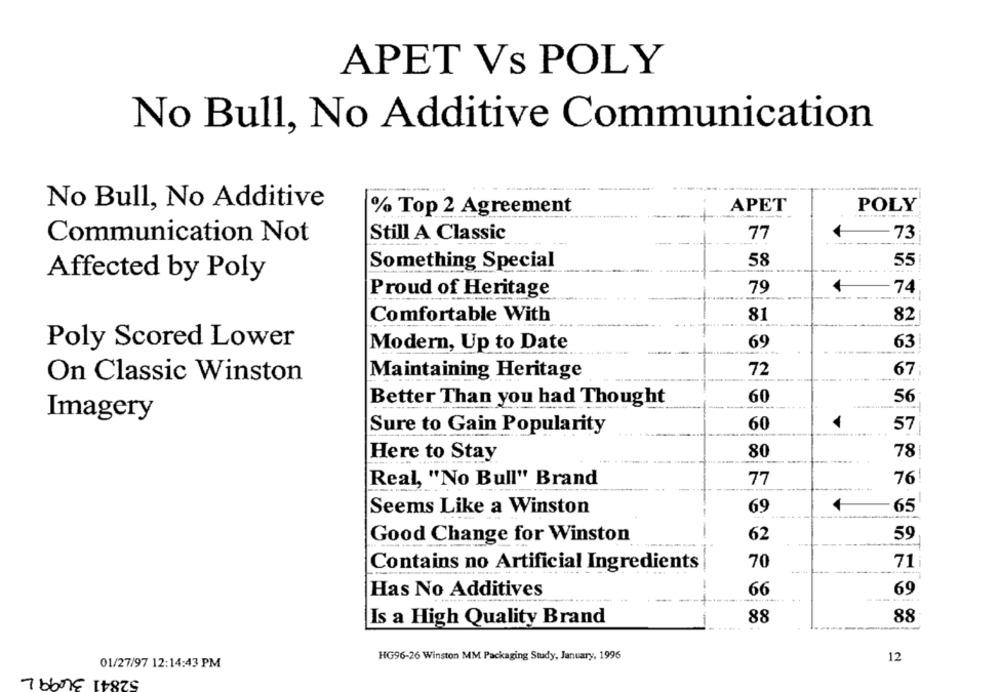
APET Vs POLY
No Bull, No Additive Communication
---
No Bull, No Additive
APET
POLY
% Top 2 Agreement
73
Communication Not
Still A Classic
77
58
55
Something Special
Affected by Poly
79
74
Proud of Heritage
Comfortable With
81
82
Poly Scored Lower
69
63
Modern, Up to Date
Maintaining Heritage
72
67:
On Classic Winston
Better Than you had Thought
60
56
Imagery
60
57
Sure to Gain Popularity
Here to Stay
80
78|
Real, "No Bull" Brand
77
76!
Seems Like a Winston
69
65
Good Change for Winston
62
59
Contains no Artificial Ingredients
70
71
Has No Additives
66
69
Is a High Quality Brand
88
88
HG96-26 Winston MM Packaging Study, January, 1996
12
01/27/97 12:14:43 PM
52841 34991